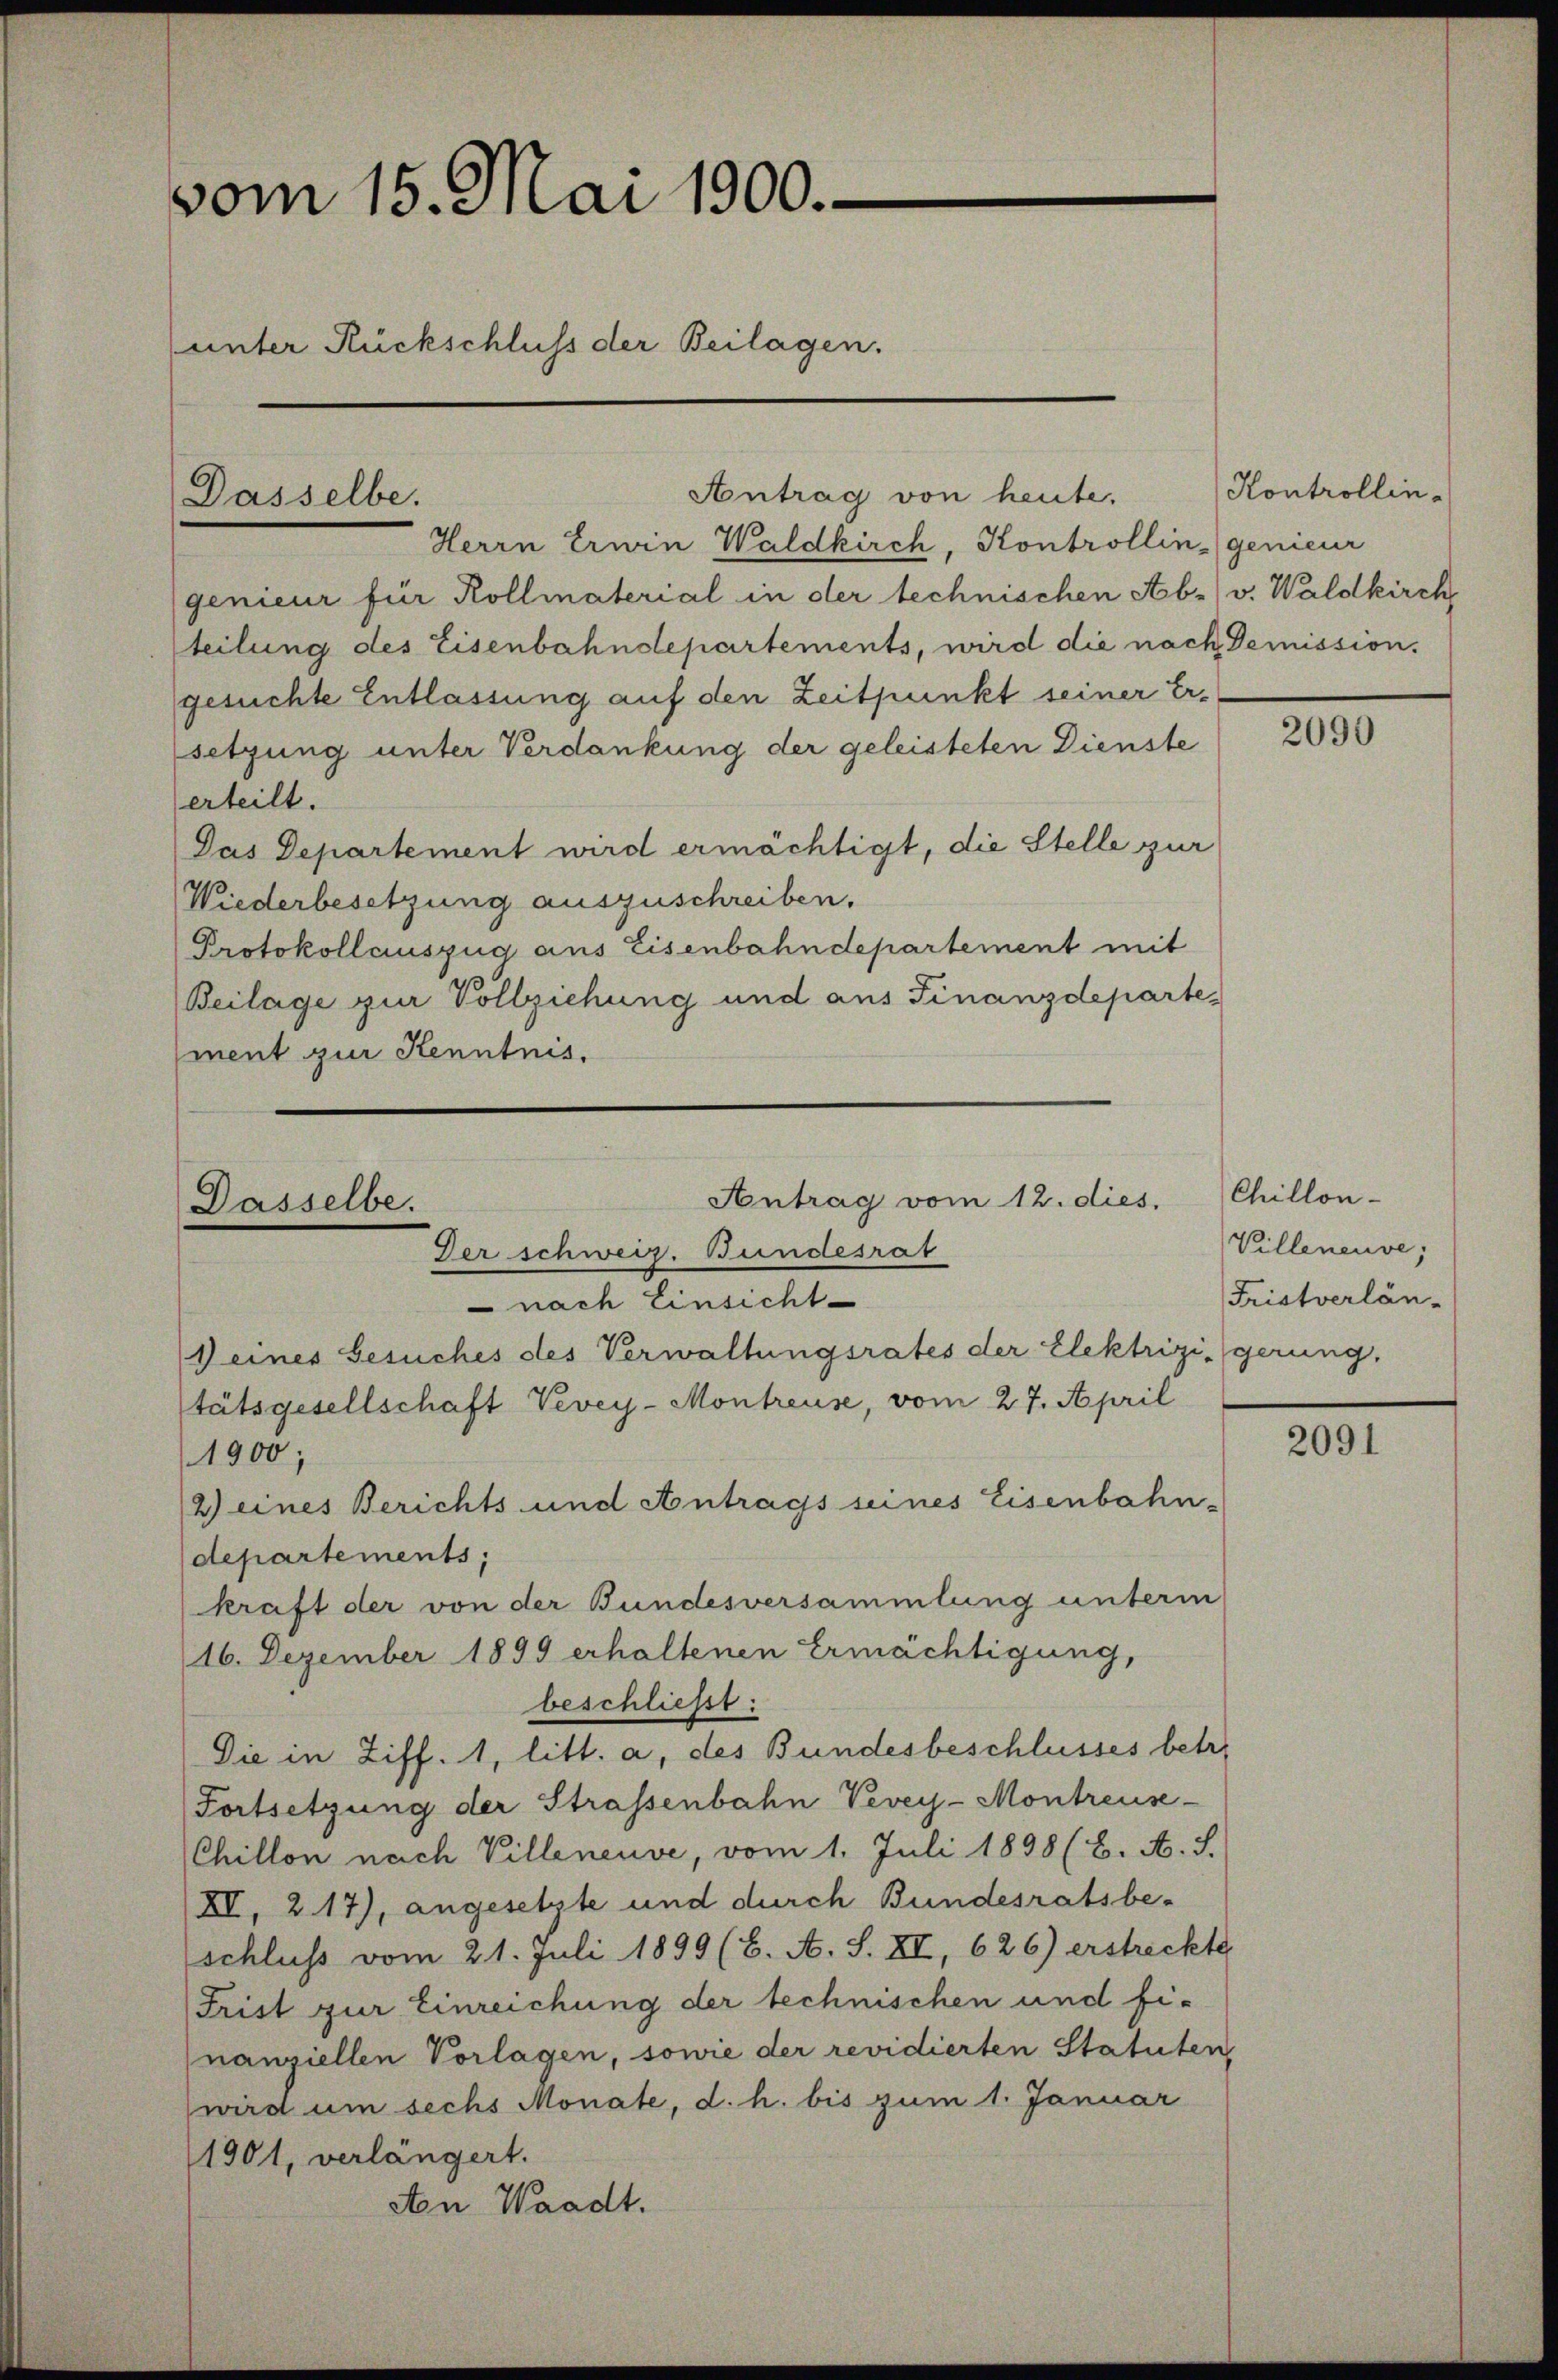
vom 15. Mai 1900.
unter Rückschluss der Beilagen.

Antrag von heute.
Herrn Erwin Waldkirch, Kontrollingenieur
genieur für Kollmaterial in der technischen Ab- v. Waldkirch
teilung des Eisenbahndepartements, wird die nach Demission.
gesuchte Entlassung auf den Zeitpunkt seiner Er-
setzung unter Verdankung der geleisteten Dienste
erteilt.
Das Departement wird ermächtigt, die Stelle zur
Wiederbesetzung auszuschreiben.
Protokollauszug aus Eisenbahndepartement mit
Beilage zur Vollziehung und aus Finanzdepartement zur Kenntnis.

Dasselbe.

Antrag vom 12. dies.
Dasselbe.
Der schweiz. Bundesrat
 nach Einsicht
Deines Gesuches des Verwaltungsrates der Elektrizigerung.

tätsgesellschaft Vevey-Montreuse, vom 27. April
1900;
2) eines Berichts und Antrags seines Eisenbahn-
departements;
kraft der von der Bundesversammlung unterm
16. Dezember 1899 erhaltenen Ermächtigung,
beschließt:
Die in Ziff. 1, litt. a, des Bundesbeschlusses betr.
Fortsetzung der Strassenbahn Vevey-Montreuse-
Chillon nach Villeneuve, vom 1. Juli 1898 (2. A. S.
XV, 217), angesetzte und durch Bundesratsbe-
schluss vom 21. Juli 1899 (6. A. S. XI, 626) erstreckte
Frist zur Einreichung der technischen und finanziellen Vorlagen, sowie der revidierten Statuten,
wird um sechs Monate, d. h. bis zum 1. Januar
1901, verlängert.
An Waadt.

Kontrollin-

2090

Chillon
Villeneuve,
Fristverlän¬

2091